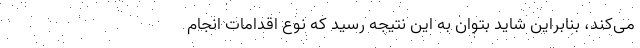
می‌کند، بنابراین شاید بتوان به این نتیجه رسید که نوع اقدامات انجام